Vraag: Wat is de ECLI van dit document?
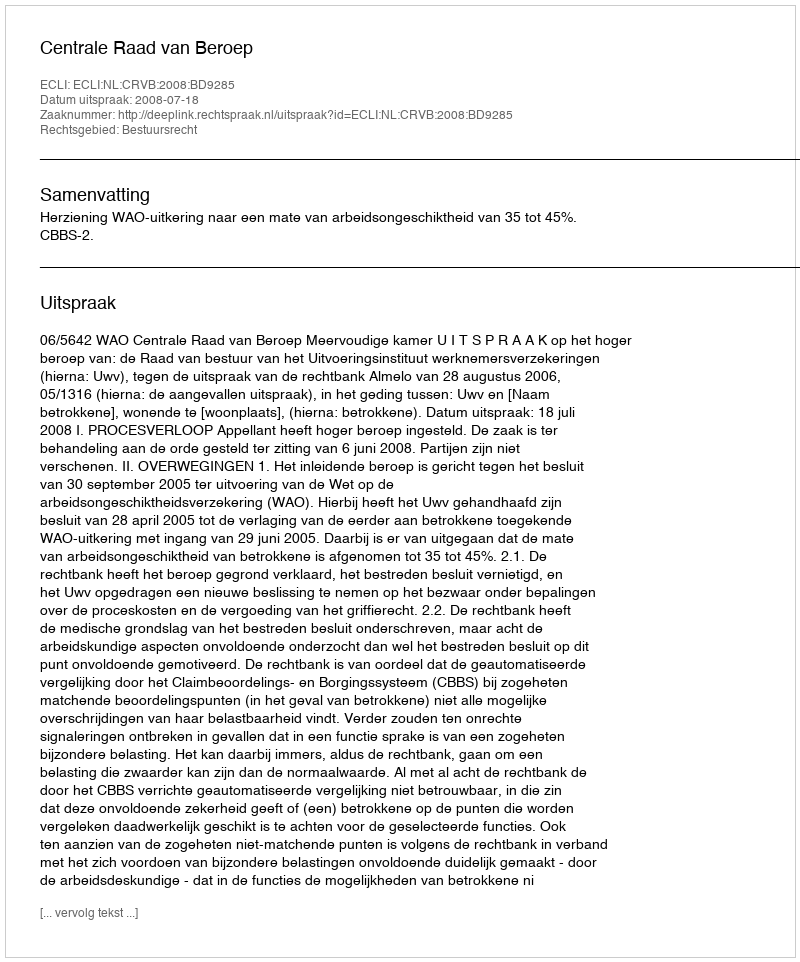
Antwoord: ECLI:NL:CRVB:2008:BD9285